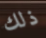
ذلك